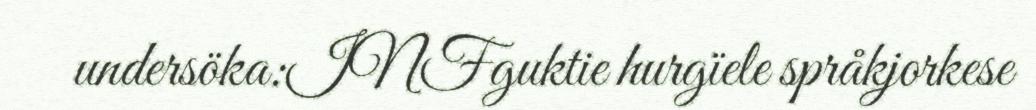
undersöka:INFguktie hurgïele språkjorkese